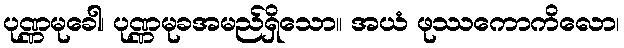
ပုဏ္ဏမုခေါ၊ ပုဏ္ဏမုခအမည်ရှိသော။ အယံ ဖုဿကောကိလော၊